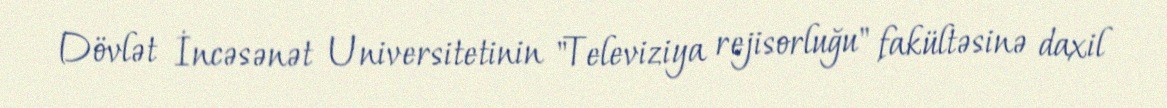
Dövlət İncəsənət Universitetinin "Televiziya rejisorluğu" fakültəsinə daxil